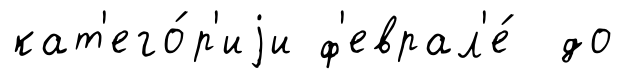
кат'его́р'иjи ф'еврал'е́ до